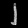
Digit: ၂